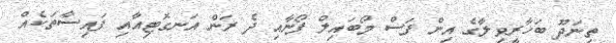
ތިނަދޫ ބަހާރީވިލާގެ އިން ފަސް މޯބައިލް ފޯނާއި ދެ ރަން އަނގޮޓިއާއި ފައިސާތަކެއް